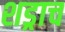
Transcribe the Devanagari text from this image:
शड्राच